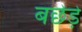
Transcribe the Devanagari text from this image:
बछेड़े